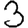
Digit: 3